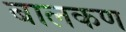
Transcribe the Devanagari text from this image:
बालकण